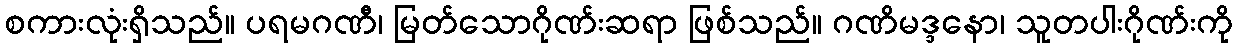
စကားလုံးရှိသည်။ ပရမဂဏီ၊ မြတ်သောဂိုဏ်းဆရာ ဖြစ်သည်။ ဂဏိမဒ္ဒနော၊ သူတပါးဂိုဏ်းကို